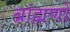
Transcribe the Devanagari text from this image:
ब्रांह्मणों